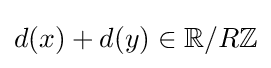
d(x)+d(y)\in \mathbb {R} /R\mathbb {Z}